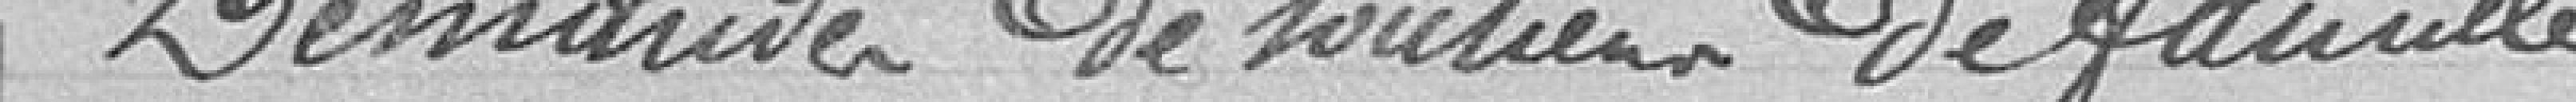
Demandes de soutiens de famille